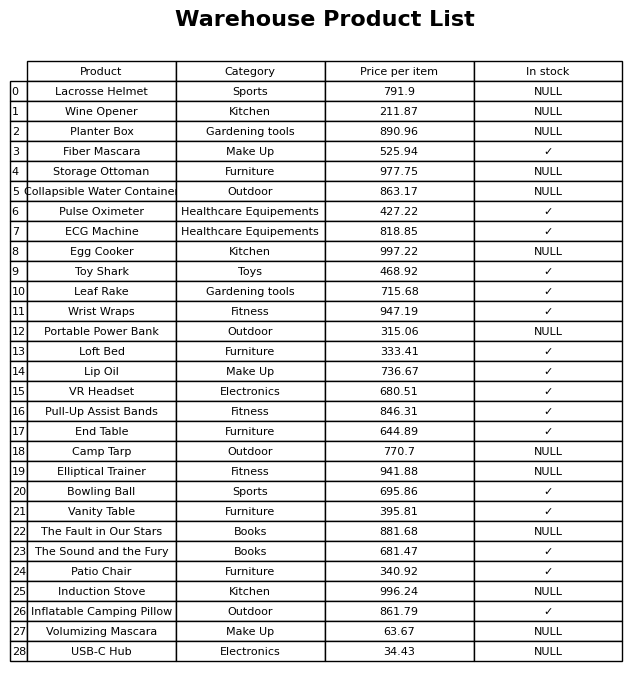
question: What is the stock status of the Elliptical Trainer?
answer: NULL